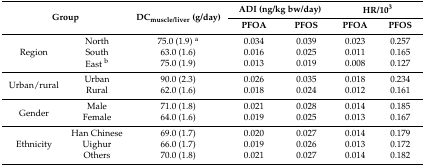
| <ROWSPAN=2-COLSPAN=2> Group | <ROWSPAN=2> DCmuscle/liver (g/day) | <COLSPAN=2> ADI (ng/kg bw/day) | <COLSPAN=2> HR/103 |
 | PFOA | PFOS | PFOA | PFOS |
 | --- | --- | --- | --- | --- | --- | --- |
 | <ROWSPAN=3> Region | North | 75.0 (1.9) a | 0.034 | 0.039 | 0.023 | 0.257 |
 | South | 63.0 (1.6) | 0.016 | 0.025 | 0.011 | 0.165 |
 | East b | 75.0 (1.9) | 0.013 | 0.019 | 0.008 | 0.127 |
 | <ROWSPAN=2> Urban/rural | Urban | 90.0 (2.3) | 0.026 | 0.035 | 0.018 | 0.234 |
 | Rural | 62.0 (1.6) | 0.018 | 0.024 | 0.012 | 0.161 |
 | <ROWSPAN=2> Gender | Male | 71.0 (1.8) | 0.021 | 0.028 | 0.014 | 0.185 |
 | Female | 64.0 (1.6) | 0.019 | 0.025 | 0.013 | 0.167 |
 | <ROWSPAN=3> Ethnicity | Han Chinese | 69.0 (1.7) | 0.020 | 0.027 | 0.014 | 0.179 |
 | Uighur | 66.0 (1.7) | 0.019 | 0.026 | 0.013 | 0.172 |
 | Others | 70.0 (1.8) | 0.021 | 0.027 | 0.014 | 0.182 |